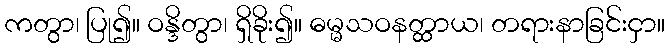
ကတွာ၊ ပြု၍။ ဝန္ဒိတွာ၊ ရှိခိုး၍။ ဓမ္မသဝနတ္ထာယ၊ တရားနာခြင်းငှာ။